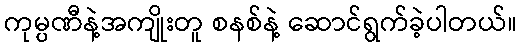
ကုမ္ပဏီနဲ့အကျိုးတူ စနစ်နဲ့ ဆောင်ရွက်ခဲ့ပါတယ်။